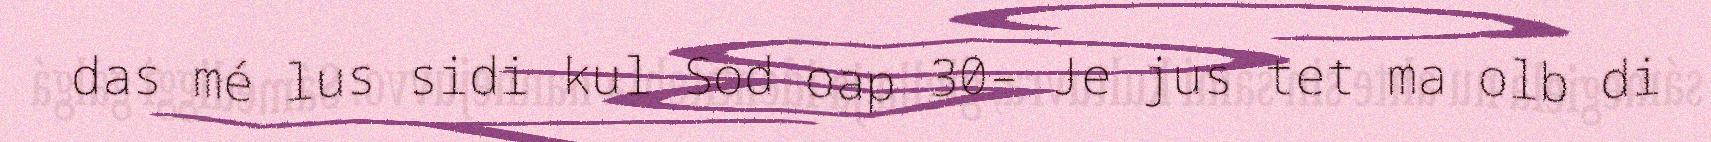
das mé lus sidi kul Sod oap 30– Je jus tet ma olb di